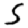
Digit: 5